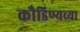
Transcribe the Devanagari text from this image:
कौडिण्यच्या